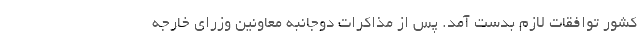
کشور توافقات لازم بدست آمد. پس از مذاکرات دوجانبه معاونین وزرای خارجه